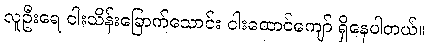
လူဦးရေ ငါးသိန်းခြောက်သောင်း ငါးထောင်ကျော် ရှိနေပါတယ်။